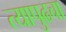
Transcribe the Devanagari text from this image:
त्यापुढचा